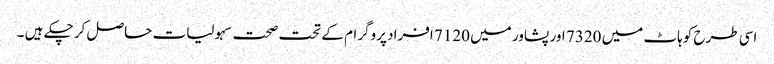
اسی طرح کوہاٹ میں 7320 اور پشاور میں 7120 افراد پروگرام کے تحت صحت سہولیات حاصل کر چکے ہیں ۔